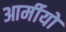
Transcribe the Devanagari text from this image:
आर्मीयों